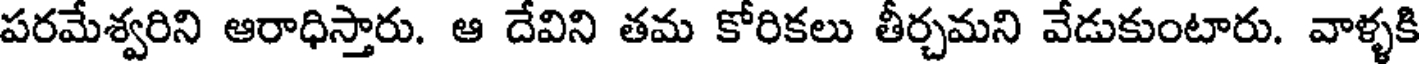
పరమేశ్వరిని ఆరాధిస్తారు. ఆ దేవిని తమ కోరికలు తీర్చమని వేడుకుంటారు. వాళ్ళకి